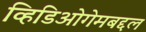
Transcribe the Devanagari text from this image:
व्हिडिओगेमबद्दल